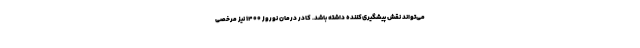
می‌تواند نقش پیشگیری‌کننده داشته باشد. کادر درمان نوروز ۱۴۰۰ نیز مرخصی